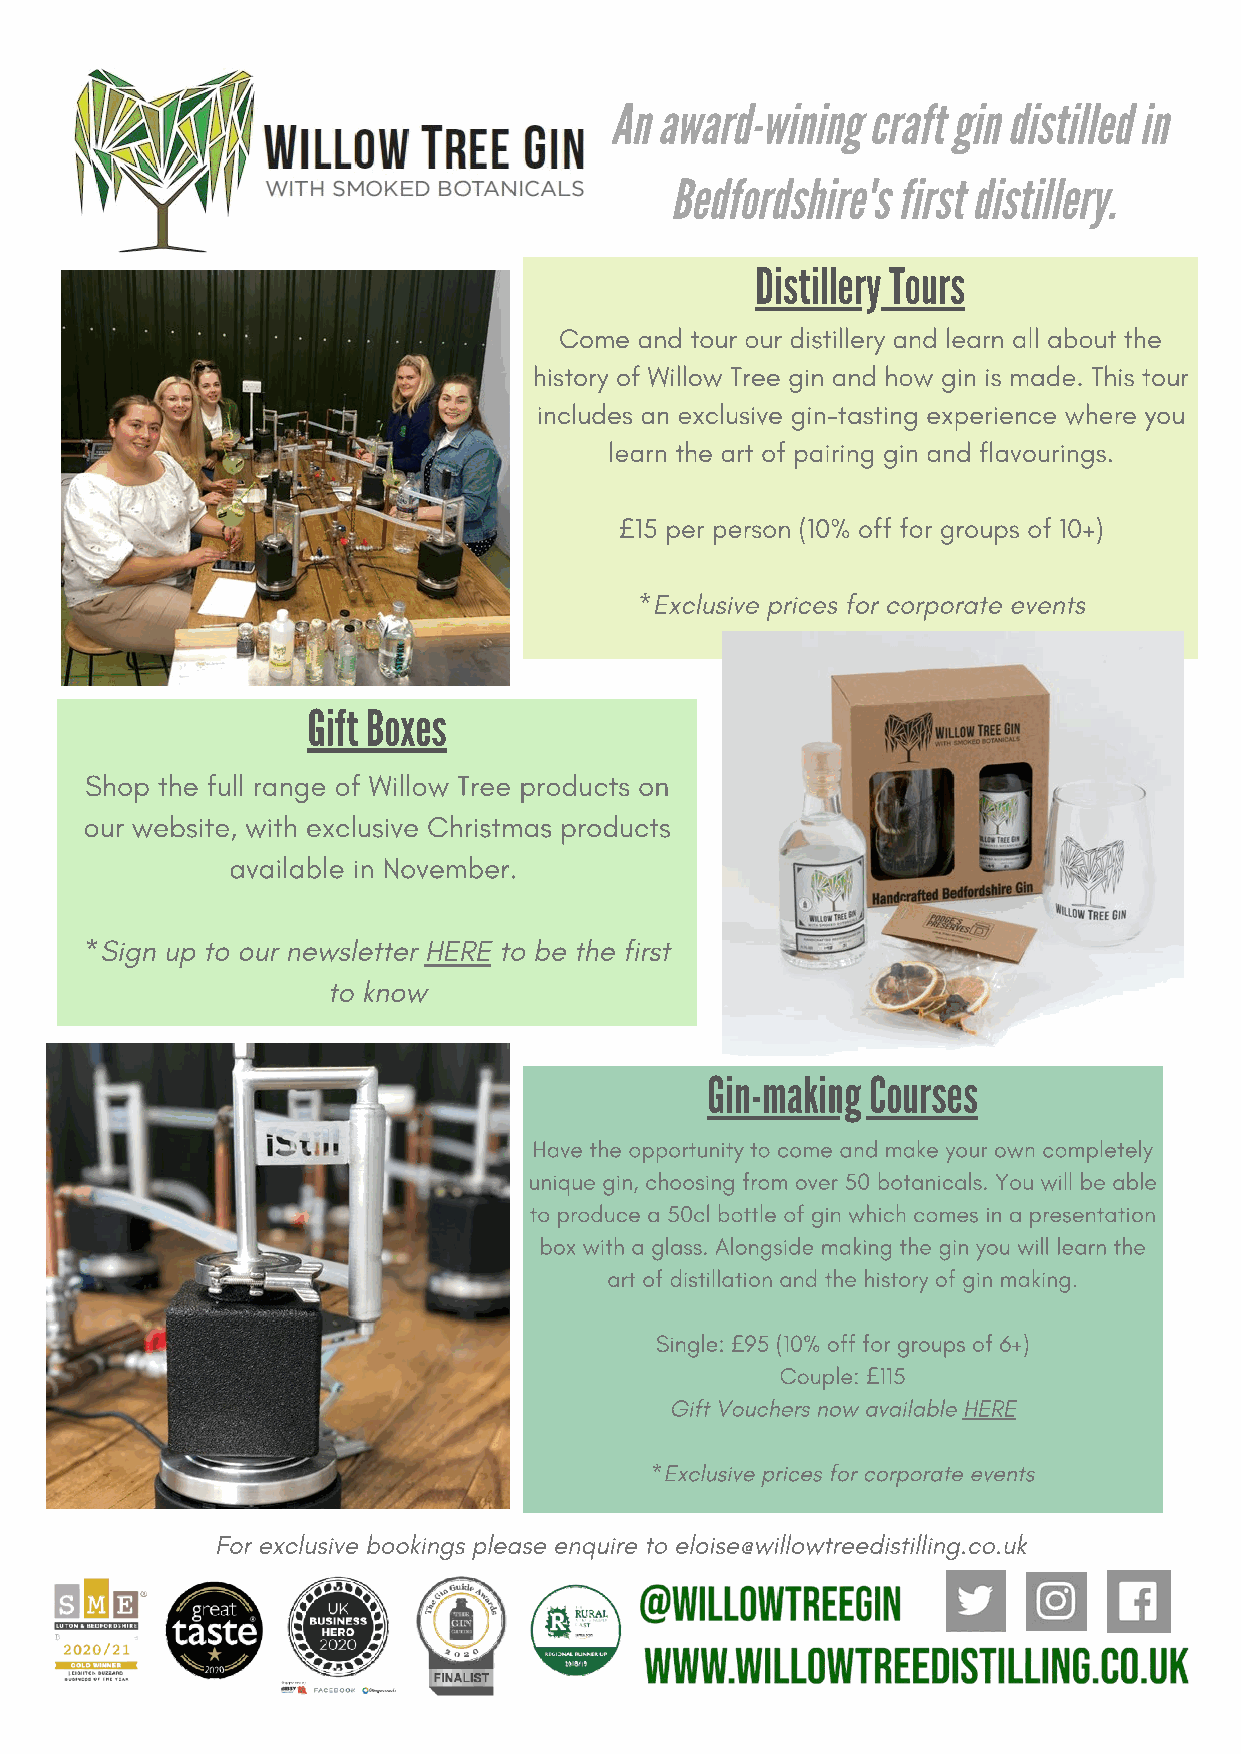
An  award-wining craft gin distilled in
 Bedfordshire's first distillery.
 Distillery Tours
 Come and tour our distillery and learn all about the
 history of Willow Tree gin and how gin is made. This tour
 includes an exclusive gin-tasting experience where you
 learn the art of pairing gin and flavourings.
 15 per person (10% off for groups of 10+)
 £
 *Exclusive prices for corporate events
 Gift Boxes
 Shop the full range of Willow Tree products on
 our website, with exclusive Christmas products
 available in November.
 *Sign up to our newsletter HERE to be the first
 to know
 Gin-making Courses
 Have the opportunity to come and make your own completely
 unique gin, choosing from over 50 botanicals. You will be able
 to produce a 50cl bottle of gin which comes in a presentation
 box with a glass. Alongside making the gin you will learn the
 art of distillation and the history of gin making.
 Single: 95 (10% off for groups of 6+)
 £
 Couple: 115
 £
 Gift Vouchers now available HERE
 *Exclusive prices for corporate events
 For exclusive bookings please enquire to eloise@willowtreedistilling.co.uk